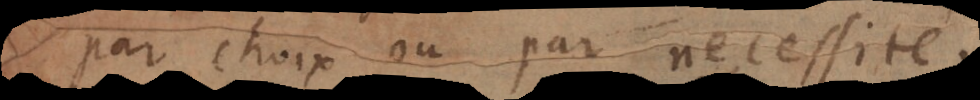
par choix ou par necessité.